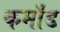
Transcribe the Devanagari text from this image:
कमाँड